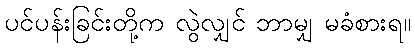
ပင်ပန်းခြင်းတို့က လွဲလျှင် ဘာမျှ မခံစားရ။